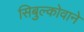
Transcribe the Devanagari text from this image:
सिबुल्कोवाने